Annual administration report of the Civil Veterinary Department of India - 1901-1902
Year: 1901
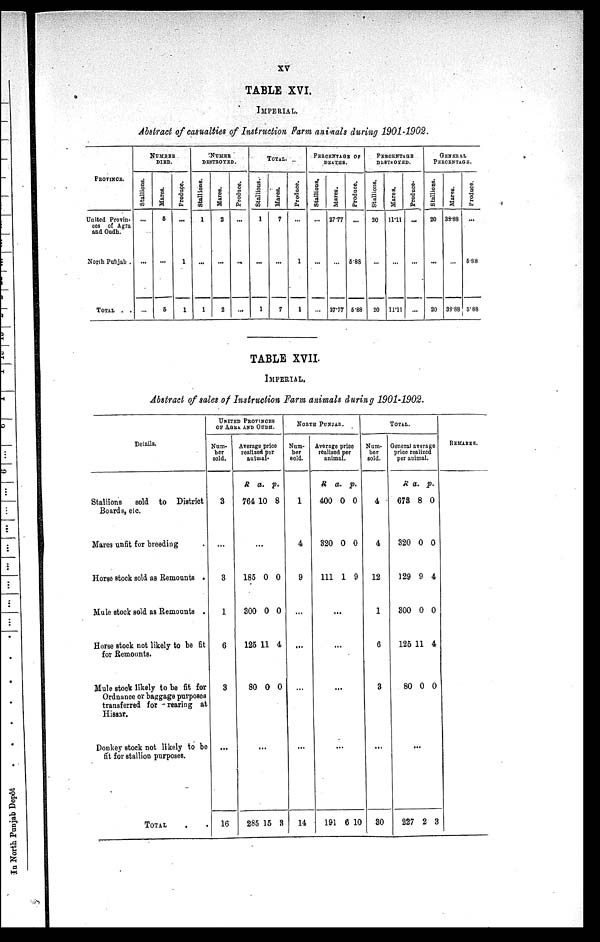
XV
TABLE XVI.
IMPERIAL.
Abstract of casualties of Instruction Farm animals during 1901-1902.
PROVINCE.
United Provin-
ces of Agra
and Oudh.
North Punjab .
TOTAL . .
NUMBER
DIED.
Stallions.
...
...
...
Mares.
5
...
5
Produce.
...
1
1
NUMER
DESTROYED.
Stallions.
1
...
1
Mares.
2
...
2
Produce.
...
...
...
TOTAL.
Stallions.
1
...
1
Mares.
7
...
7
Produce.
...
1
1
PERCENTAGE OF
DEATHS.
Stallions,
...
...
...
Mares.
27.77
...
27.77
Produce.
...
5.88
5.88
PERCENTAGE
DESTROYED.
Stallions.
20
...
20
Mares.
11.11
...
11.11
Produce.
...
...
...
GENERAL
PERCENTAGE.
Stallions.
20
...
20
Mares.
38.88
...
38.88
Produce.
...
5.88
5.88
TABLE XVII.
IMPERIAL.
Abstract of sales of Instruction Farm animals during 1901-1902.
Details.
Stallions
sold to District
Boards, etc.
Mares unfit for breeding .
Horse stock sold as Remounts .
Mule stock sold as Remounts .
Horse stock not likely to be fit
for Remounts.
Mule stock likely to be fit for
Ordnance or baggage purposes
transferred for rearing at
Hissar.
Donkey stock not likely to be
fit for stallion purposes.
TOTAL . .
UNITED PROVINCES
OF AGRA AND OUDH.
Num-
ber
sold.
3
...
3
1
6
3
...
16
Average price
realized per
animal.
R
764
a.
10
p.
8
...
185
300
125
80
0
0
11
0
0
0
4
0
...
285 15 3
NORTH PUNJAB.
Num-
ber
sold.
1
4
9
...
...
...
...
14
Average price
realized per
animal.
R
400
320
111
a.
0
0
1
p.
0
0
9
...
...
...
...
191 6 10
TOTAL.
Num-
ber
sold.
4
4
12
1
6
3
...
30
General average
price realized
per animal.
R
673
320
129
300
125
80
a.
8
0
9
0
11
0
p.
0
0
4
0
4
0
...
227 2 3
REMARKS.